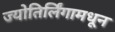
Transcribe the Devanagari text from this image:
ज्योतिर्लिंगामधून